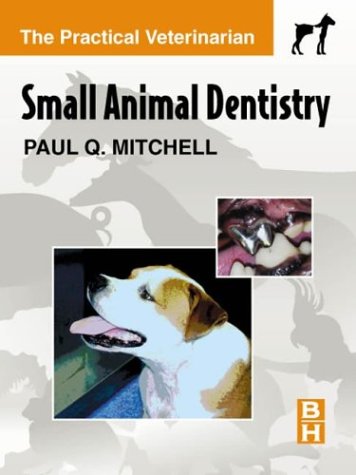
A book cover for Small Animal Dentistry, 1e (Practical Veterinarian); Paul Q. Mitchell DVM  DAVDC; Medical Books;